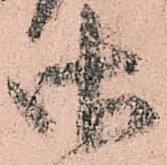
御